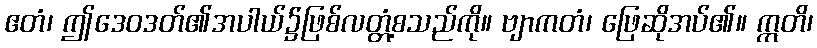
ဧတံ၊ ဤဒေဝဒတ်၏အပါယ်၌ဖြစ်လတ္တံ့စသည်ကို။ ဗျာကတံ၊ ဖြေဆိုအပ်၏။ ဣတိ၊